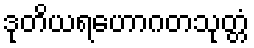
ဒုတိယရဟောဂတသုတ္တံ